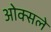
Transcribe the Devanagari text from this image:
ओक्सले